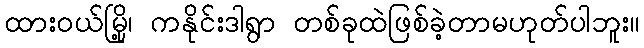
ထားဝယ်မြို့၊ ကနိုင်းဒါရွာ တစ်ခုထဲဖြစ်ခဲ့တာမဟုတ်ပါဘူး။